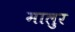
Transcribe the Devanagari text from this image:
मालुर